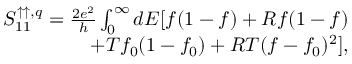
\begin{array} { r } { S _ { 1 1 } ^ { \uparrow \uparrow , q } = \frac { 2 e ^ { 2 } } { h } \int _ { 0 } ^ { \infty } d E [ f ( 1 - f ) + R f ( 1 - f ) } \\ { + T f _ { 0 } ( 1 - f _ { 0 } ) + R T ( f - f _ { 0 } ) ^ { 2 } ] , } \end{array}